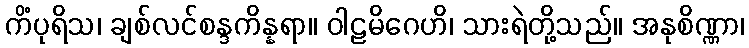
ကိံပုရိသ၊ ချစ်လင်စန္ဒကိန္နရာ။ ဝါဠမိဂေဟိ၊ သားရဲတို့သည်။ အနုစိဏ္ဏာ၊